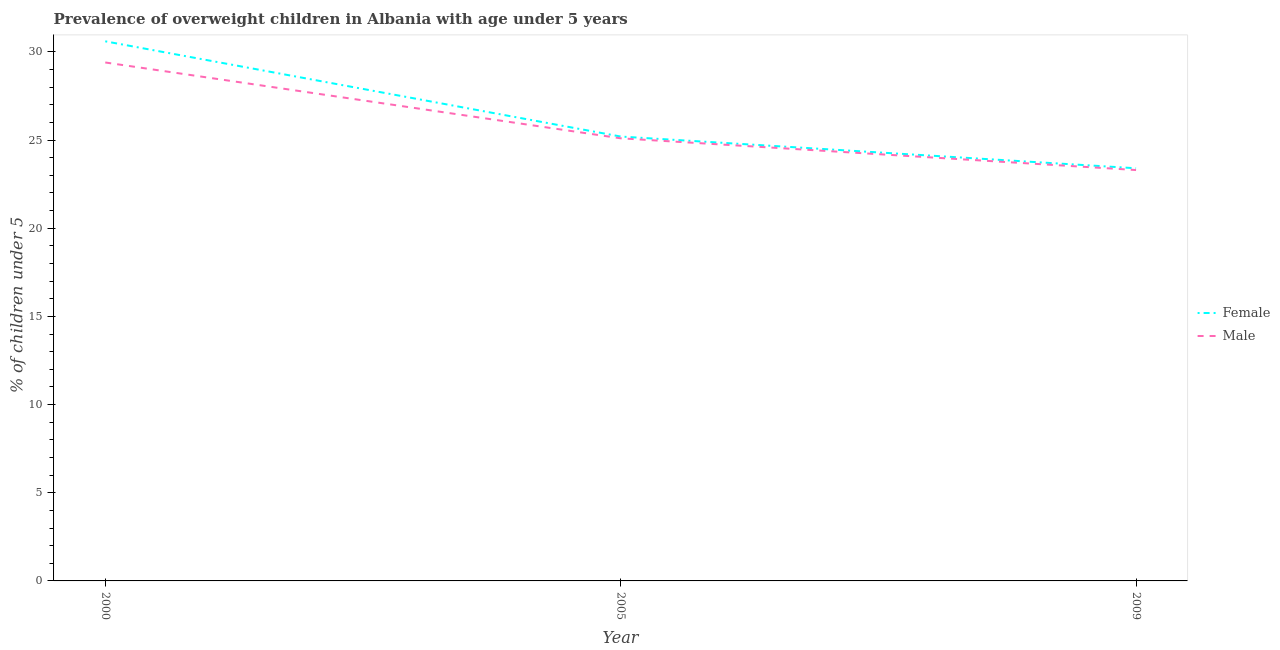
| Year | Female | Male |
 | --- | --- | --- |
 | 2000 | 30.6 | 29.4 |
 | 2005 | 25.2 | 25.1 |
 | 2009 | 23.4 | 23.3 |